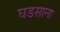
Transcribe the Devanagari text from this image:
घडसाना